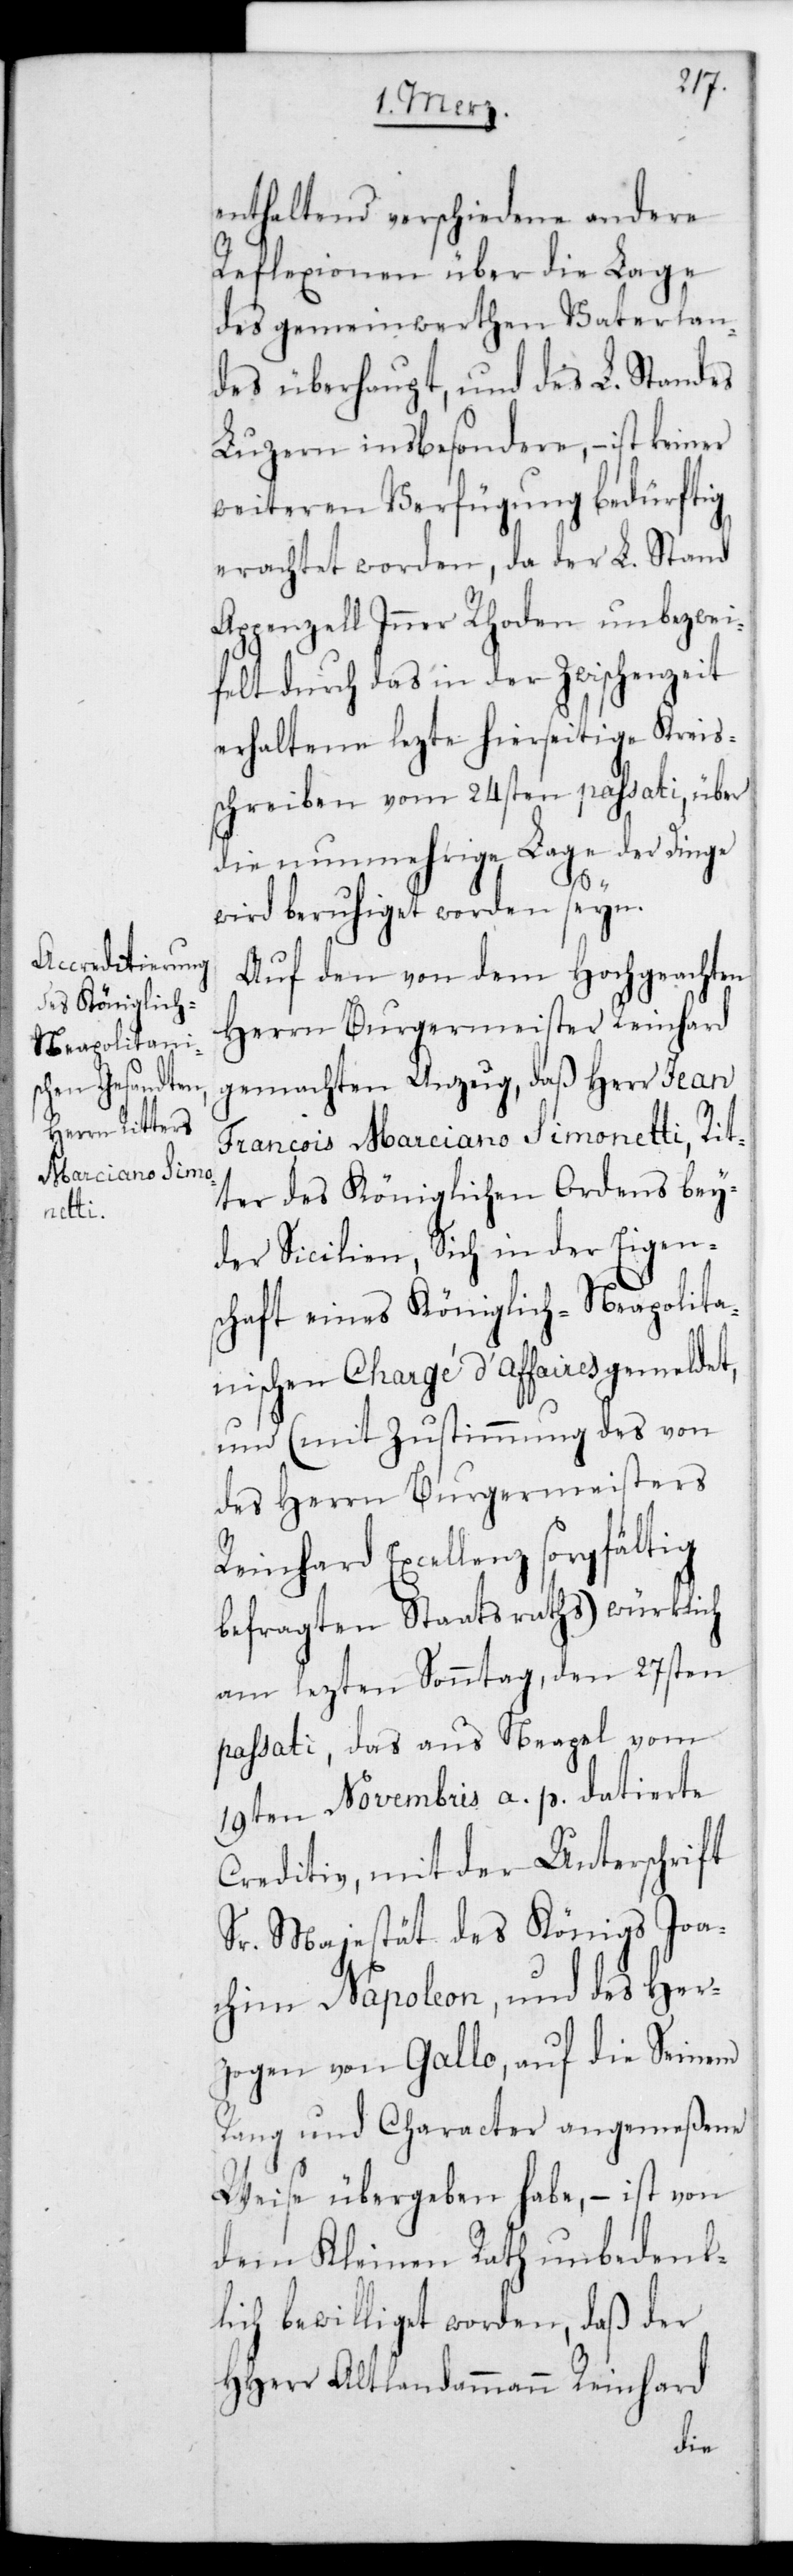
enthaltend verschiedene andere
Reflexionen über die Lage
des gemeinwerthen Vaterlan¬
des überhaupt, und des L. Standes
Luzern insbesondere, – ist keiner
weiteren Verfügung bedürftig
erachtet worden, da der L. Stand
Appenzell Inner Rhoden unbezwei¬
felt durch das in der Zwischenzeit
erhaltene lezte hierseitige Kreis¬
schreiben vom 24sten passati über
die nunmehrige Lage der Dinge
Auf den von dem Hochgeachten
Herrn Burgermeister Reinhard
gemachten Anzug, daß Herr Jean
François Marciano Simonetti, Rit¬
ter des Königlichen Ordens bey¬
der Sicilien, sich in der Eigen¬
schaft eines Königlich-Neapolita¬
nischen Chargé d’Affaires gemeldet,
und (mit Zustimmung des von
des Herrn Burgermeisters
Reinhard Excellenz sorgfältig
befragten Staatsraths) würklich
am lezten Sonntag, den 27sten
passati, das aus Neapel vom
19ten Novembris a. p. datierte
Creditiv, mit der Unterschrift
Sr. Majestät des Königs Joa¬
chim Napoleon, und des Her¬
zogen von Gallo, auf die seinem
Rang und Character angemeßene
Weise übergeben habe, – ist von
dem Kleinen Rath unbedenk¬
lich bewilliget worden, daß der
HHerr Altlandammann Reinhard